Leaving Certificate, 1888
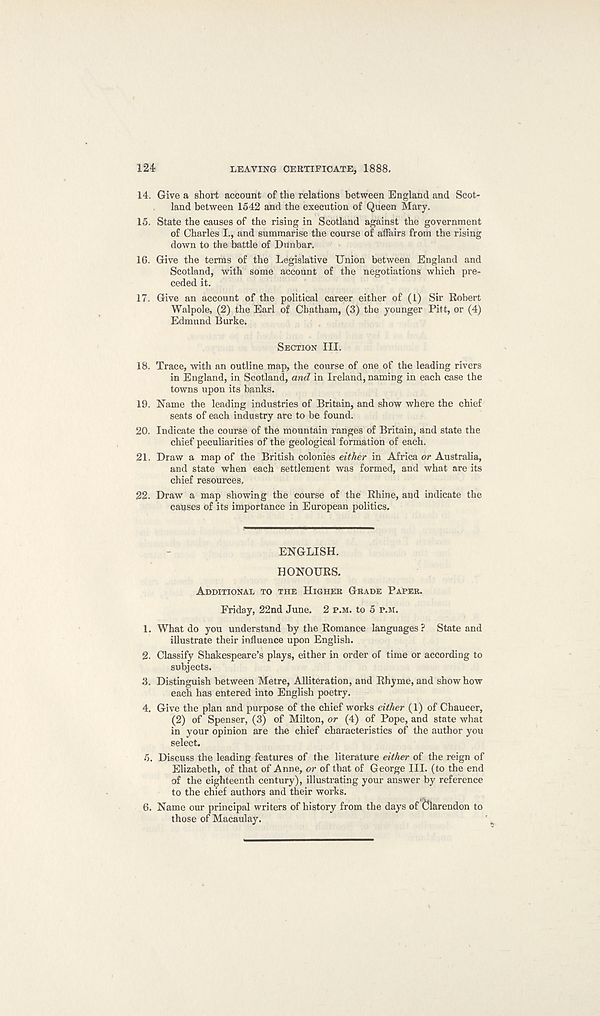
124
LEAVING CERTIFICATE, 1888.
14. Give a short account of the relations between England and Scot-
land between 1542 and the execution of Queen Mary.
15. State the causes of the rising in Scotland against the government
of Charles I., and summarise the course of affairs from the rising
down to the battle of Dunbar.
16. Give the terms of the Legislative Union between England and
Scotland, with some account of the negotiations which pre-
ceded it.
17. Give an account of the political career either of (1) Sir Robert
Walpole, (2) the Earl of Chatham, (3) the younger Pitt, or (4)
Edmund Burke.
SECTION III.
18. Trace, with an outline map, the course of one of the leading rivers
in England, in Scotland, and in Ireland, naming in each case the
towns upon its banks.
19. Name the leading industries of Britain, and show where the chief
seats of each industry are to be found.
20. Indicate the course of the mountain ranges of Britain, and state the
chief peculiarities of the geological formation of each.
21. Draw a map of the British colonies either in Africa or Australia,
and state when each settlement was formed, and what are its
chief resources,
22. Draw a map showing the course of the Rhine, and indicate the
causes of its importance in European politics.
ENGLISH.
HONOURS.
ADDITIONAL TO THE HIGHER GRADE PAPER.
Friday, 22nd June. 2 P.M. to 5 P.M.
1. What do you understand by the Romance languages ? State and
illustrate their influence upon English.
2. Classify Shakespeare’s plays, either in order of time or according to
subjects.
3. Distinguish between Metre, Alliteration, and Rhyme, and show how
each has entered into English poetry.
4. Give the plan and purpose of the chief works either (1) of Chaucer,
(2) of Spenser, (3) of Milton, or (4) of Pope, and state what
in your opinion are the chief characteristics of the author you
select.
5. Discuss the leading features of the literature either of the reign of
Elizabeth, of that of Anne, or of that of George III. (to the end
of the eighteenth century), illustrating your answer by reference
to the chief authors and their works.
6. Name our principal writers of history from the days of Clarendon to
those of Macaulay.